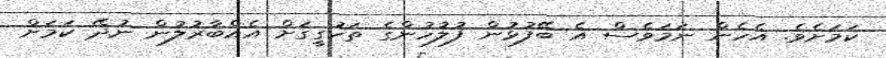
ކަމަށެވެ. އެހެން ނަމަވެސް އެ ބޭފުޅުން ފުލުހުންގެ ތަހުގީގަށް އެއްބާރުލުން ނުދޭ ކަމަށް